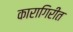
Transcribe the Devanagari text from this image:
कारागिरीत